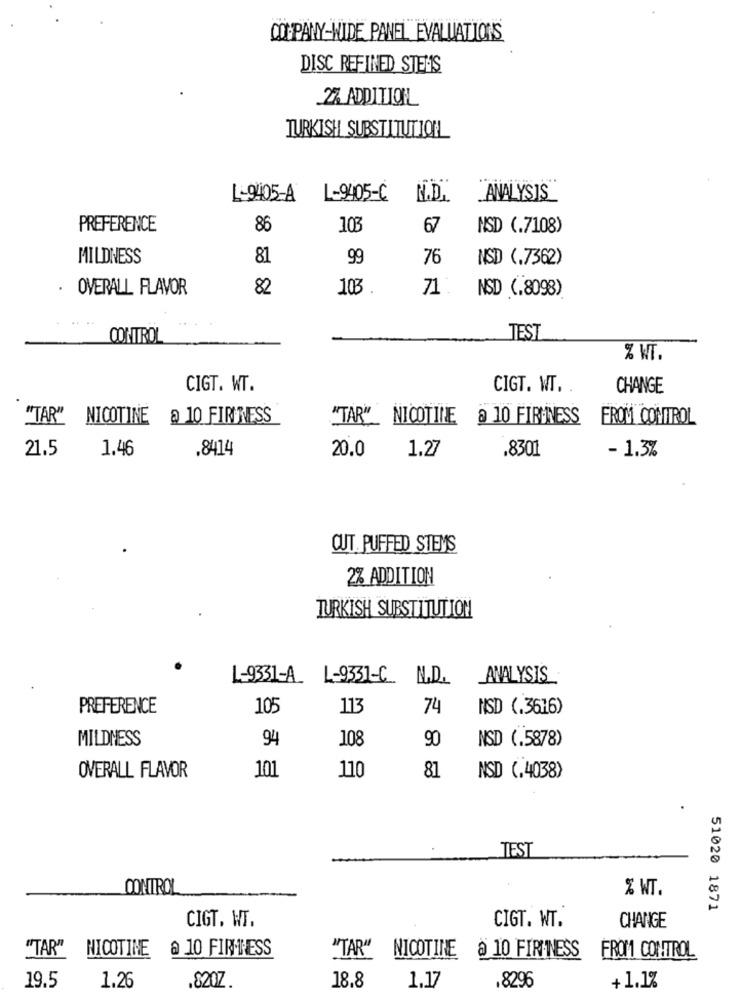
CO PANY-WIDE PANEL EVALUATIONS
DISC REFINED STEMS
27 ADDITION
TURKISH SUBSTITUTION
L-9405-A
L-9405-C
N.D.
ANALYSIS
PREFERENCE
86
103
67
NSD (.7108)
MILDNESS
81
99
76
NSD (.7362)
.
OVERALL FLAVOR
82
103 .
71:
NSD (.8098)
CONTROL
TEST
% WT.
CIGT. WT.
CIGT. WT ..
CHANGE
"TAR"
NICOTINE
@ 10 FIRINESS
"TAR" NICOTINE a 10 FIRMNESS
FROM CONTROL
21.5
1.46
.8414
20.0
1.27
.8301
- 1.3%
CUT. PUFFED STEMS
2% ADDITION
TURKISH SUBSTITUTION
L-9331-A_
L-9331-C_ N.D.
ANALYSIS
PREFERENCE
105
113
74
NSD (.3616)
MILDNESS
94
108
90
NSD (.5878)
81
OVERALL FLAVOR
101
110
NSD (.4038)
TEST
CONTROL
% WT.
51020 1871
CIGT. WT.
CIGT. WT.
CHANGE
"TAR" NICOTINE @ 10 FIRMNESS
"TAR" NICOTINE & 10 FIRINESS
FROM CONTROL
19.5
1.26
.820Z.
18.8
1.17
.8296
+1.1%